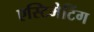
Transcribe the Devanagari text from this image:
एस्टिमेटिंग